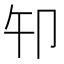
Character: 𰆍